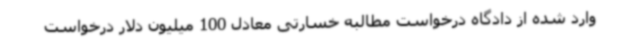
وارد شده از دادگاه درخواست مطالبه خسارتی معادل 100 میلیون دلار درخواست